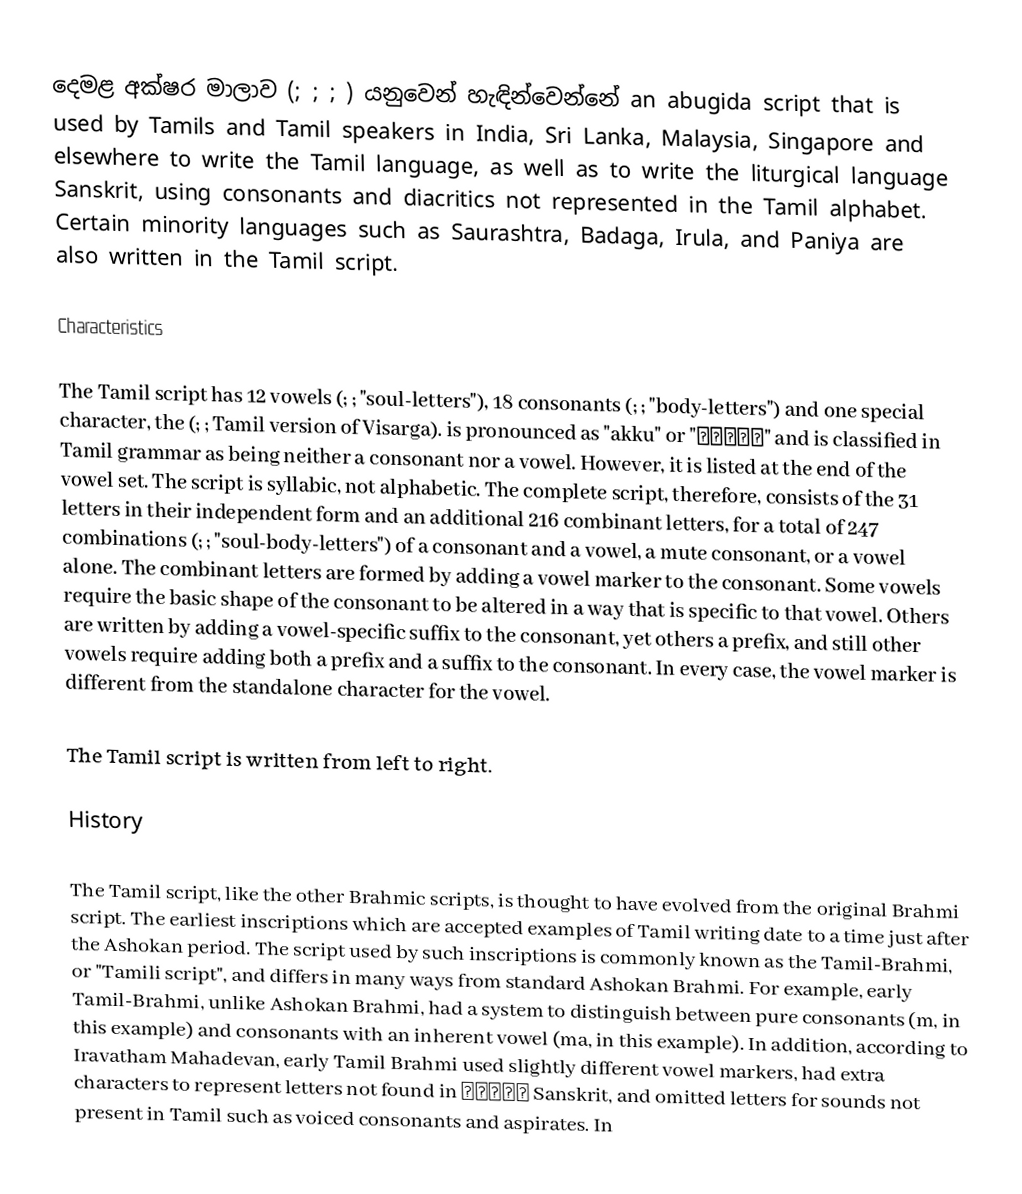
දෙමළ අක්ෂර මාලාව (; ; ; ) යනුවෙන් හැඳින්වෙන්නේ  an abugida script that is used by Tamils and Tamil speakers in India, Sri Lanka, Malaysia, Singapore and elsewhere to write the Tamil language, as well as to write the liturgical language Sanskrit, using consonants and diacritics not represented in the Tamil alphabet. Certain minority languages such as Saurashtra, Badaga, Irula, and Paniya are also written in the Tamil script.

Characteristics

The Tamil script has 12 vowels (; ;  "soul-letters"), 18 consonants (; ;  "body-letters") and one special character, the  (; ; Tamil version of Visarga).  is pronounced as "akku" or "அக்கு" and is classified in Tamil grammar as being neither a consonant nor a vowel. However, it is listed at the end of the vowel set. The script is syllabic, not alphabetic. The complete script, therefore, consists of the 31 letters in their independent form and an additional 216 combinant letters, for a total of 247 combinations (; ; "soul-body-letters") of a consonant and a vowel, a mute consonant, or a vowel alone. The combinant letters are formed by adding a vowel marker to the consonant. Some vowels require the basic shape of the consonant to be altered in a way that is specific to that vowel. Others are written by adding a vowel-specific suffix to the consonant, yet others a prefix, and still other vowels require adding both a prefix and a suffix to the consonant. In every case, the vowel marker is different from the standalone character for the vowel.

The Tamil script is written from left to right.

History

The Tamil script, like the other Brahmic scripts, is thought to have evolved from the original Brahmi script. The earliest inscriptions which are accepted examples of Tamil writing date to a time just after the Ashokan period. The script used by such inscriptions is commonly known as the Tamil-Brahmi, or "Tamili script", and differs in many ways from standard Ashokan Brahmi. For example, early Tamil-Brahmi, unlike Ashokan Brahmi, had a system to distinguish between pure consonants (m, in this example) and consonants with an inherent vowel (ma, in this example). In addition, according to Iravatham Mahadevan, early Tamil Brahmi used slightly different vowel markers, had extra characters to represent letters not found in தானாக  Sanskrit, and omitted letters for sounds not present in Tamil such as voiced consonants and aspirates. In